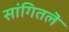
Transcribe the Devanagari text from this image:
सांगितलॆ